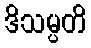
ဒိသမ္ပတိ